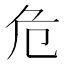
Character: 危